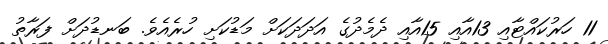
11 ހަރުކައްޓާއި 13އާއި 15އާއި ދެމެދުގެ އަދަދަކަށް މަޑުކަށި ހުރެއެވެ. ބަނޑުދަށް ފަރާތު